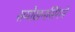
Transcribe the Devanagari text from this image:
समोखनसिंगने